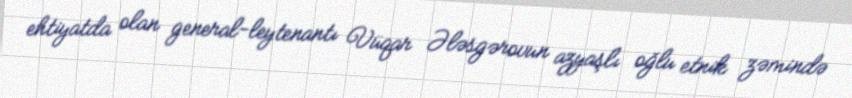
ehtiyatda olan general-leytenantı Vüqar Ələsgərovun azyaşlı oğlu etnik zəmində